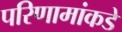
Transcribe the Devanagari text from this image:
परिणामांकडे